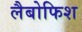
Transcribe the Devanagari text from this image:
लैबोफिश